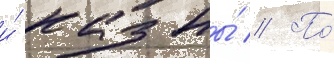
и́ казны́ // По́